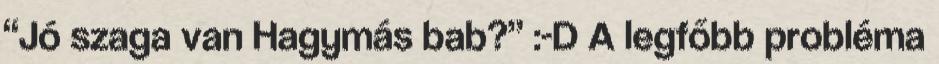
“Jó szaga van Hagymás bab?” :-D A legfőbb probléma